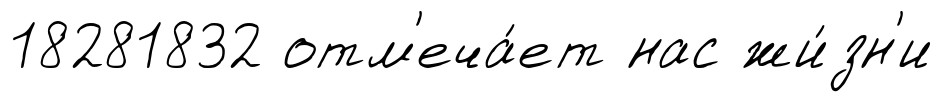
18281832 отм'еча́ет нас жи́зн'и